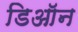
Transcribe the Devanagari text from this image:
डिऑन